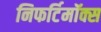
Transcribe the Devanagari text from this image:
निफर्टिमॉक्स